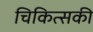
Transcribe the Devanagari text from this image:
चिकित्सकी